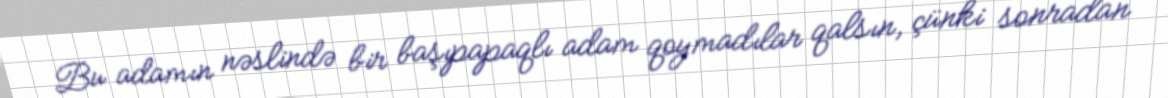
Bu adamın nəslində bir başıpapaqlı adam qoymadılar qalsın, çünki sonradan